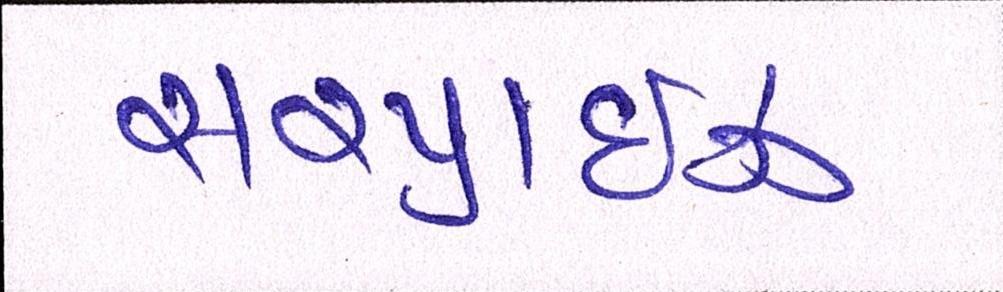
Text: સરપ્રાઇઝ